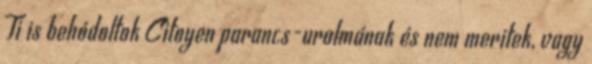
Ti is behódoltok Citoyen parancs-uralmának és nem meritek, vagy